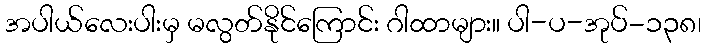
အပါယ်လေးပါးမှ မလွတ်နိုင်ကြောင်း ဂါထာများ။ ပါ-ပ-အုပ်-၁၃၈၊